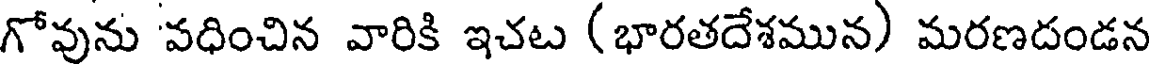
గోవును 'వధించిన వారికి ఇచట (భారతదేశమున) మరణదండన